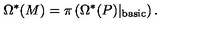
\Omega ^ { * } ( M ) = \pi \left( \Omega ^ { * } ( P ) \vert _ { \mathrm { b a s i c } } \right) .